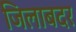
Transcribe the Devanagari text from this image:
जिलाबदर